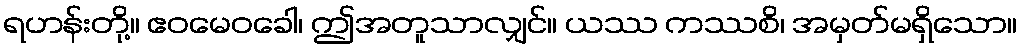
ရဟန်းတို့။ ဧဝမေဝခေါ၊ ဤအတူသာလျှင်။ ယဿ ကဿစိ၊ အမှတ်မရှိသော။